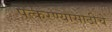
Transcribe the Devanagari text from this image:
पत्करण्यासाठीचे